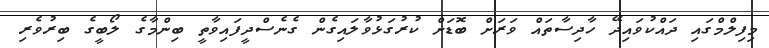
މިފިލްމްގައި ދައްކުވައިދޭ ހާދިސާތައް ވަރަށް ބޮޑަށް ކުރުގަޅުވާލައިގެން ގެނެސްދީފައިވާތީ ބިންމާގެ ލޯބީގެ ބިރުވެރި